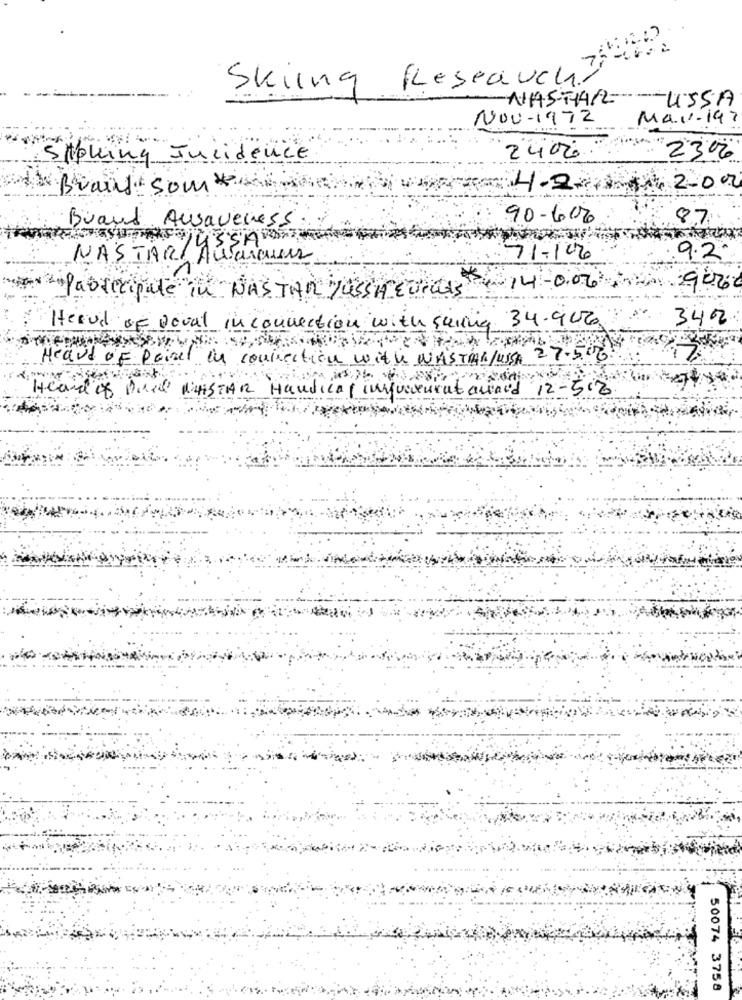
Skiing Reseauchy
NASTARUSSA
NOV-1972
MA.VI-197
SAbling Incidence
2400
230%
Brand som
4.2.
200
Buand Ausaveness
90-600
87
NASTAR Autoraun
71-106
9.2
14 -0.06
900
* Pablecipale in NAS TAR JUSSH EUROS
342
Heard of Doval inconnection with suring 34.906
Heard OF Painel in connection with WASTAR/USSA 27.5.076
Heard os
med MAISTAR Handicap inquacurataword 12-508
50074 3758